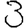
Digit: 3